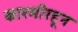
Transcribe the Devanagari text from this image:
काश्मीरहून